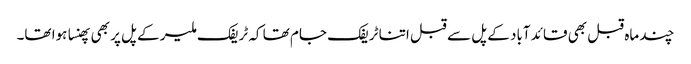
چند ماہ قبل بھی قائد آباد کے پل سے قبل اتنا ٹریفک جام تھا کہ ٹریفک ملیر کے پل پر بھی پھنسا ہوا تھا۔